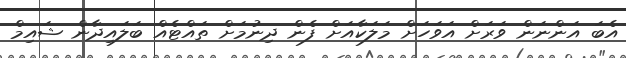
އެބަ އަންނަން ވަރަށް އަވަހަށް މަލަކާއަށް ފެން ދިނުމަށް ތައްޓެއް ބަލައިދާން ޝައިމް